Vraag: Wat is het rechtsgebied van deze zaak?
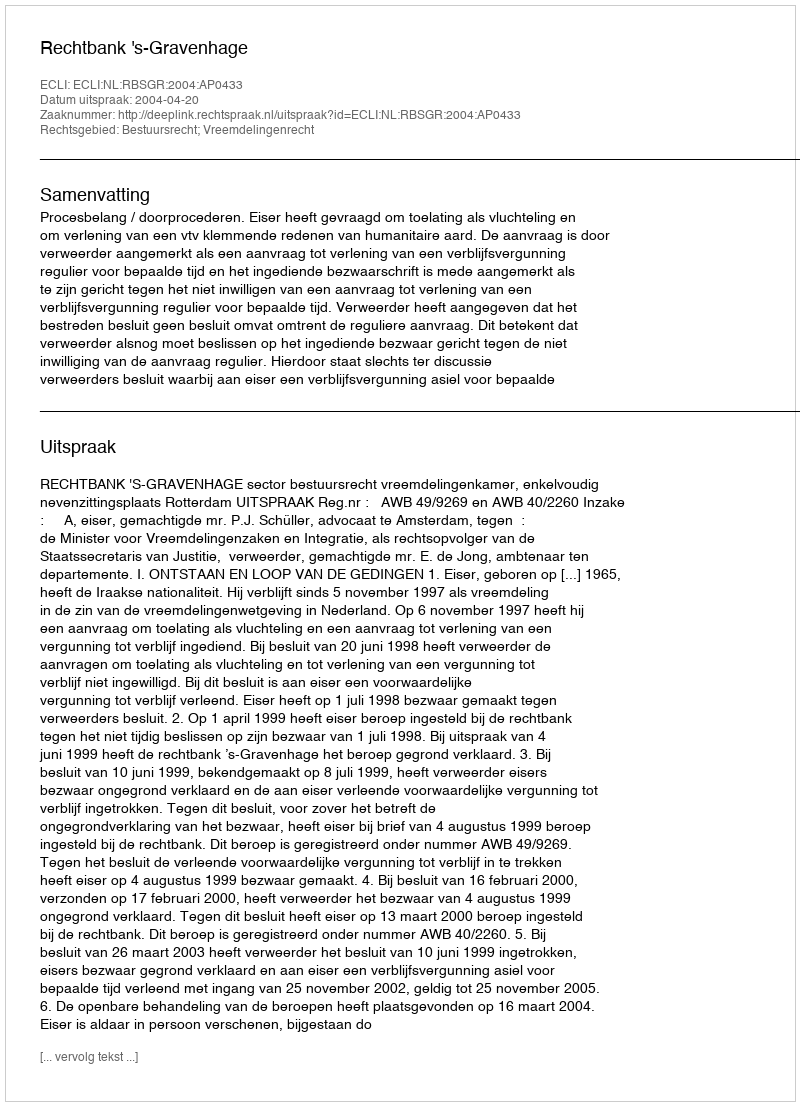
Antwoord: Bestuursrecht; Vreemdelingenrecht